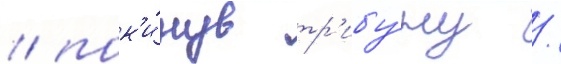
/ пок'и́нув тр'ибу́ну /